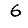
Digit: 6